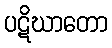
ပဋိဃာတော